system: You are a helpful assistant.
user:
Analyze the provided spectrum to determine if it is a **"Cataclysmic Variables (CV)"**.

- **Key Indicators for CV (Check for either state):**
    - **State 1: Quiescent / Low-State (Emission-Dominated)**
        - **(Primary):** Strong and *very broad* Hydrogen Balmer emission lines (e.g., $H\alpha$ at 6563 Å, $H\beta$ at 4861 Å). The 'broadness' (high velocity dispersion, often FWHM > 1000 km/s) is the key diagnostic, indicating a high-velocity accretion disk.
        - **(Secondary):** Broad neutral Helium (He I) emission lines (e.g., 5876 Å, 6678 Å).
        - **(Key Confirmation):** Presence of high-excitation *ionized* Helium (He II) emission at 4686 Å. This is a strong indicator of accretion onto a white dwarf.
        - **(Line Profile):** Emission lines may exhibit a 'double-peaked' profile, which is a classic signature of a rotating accretion disk viewed at high inclination.

    - **State 2: Outburst / High-State (Absorption-Dominated)**
        - **(Primary):** Spectrum is dominated by a bright, blue continuum (looks like a hot star).
        - **(Secondary):** The emission lines from State 1 are weak, absent, or 'filled in', and are replaced by broad, shallow *absorption* lines (primarily Balmer and He I).
        - **(Morphology):** The overall spectrum mimics a hot B/A-type star. The crucial difference is that the absorption lines are significantly broader, shallower, and more 'washed-out' (or 'smeared') than the sharp lines of a normal stellar photosphere, due to high rotational speeds and pressure broadening in the disk.

Think first, call **spectral_visualization_tool** if needed to examine features in detail, then provide your final answer. Your response must adhere to the following strict rules:
1.  **Overall Structure:** Your response must follow the format `<think>...</think> <tool_call>...</tool_call> (if a tool is used) <answer>...</answer>`.
2.  **Tool Usage Constraint:** You may only make **one** tool call per turn.
3.  **Final Answer Format:** In the `<answer>` tag, your conclusion must be inside a `\boxed{}` command (e.g., `\boxed{YES}`), followed by your justification.

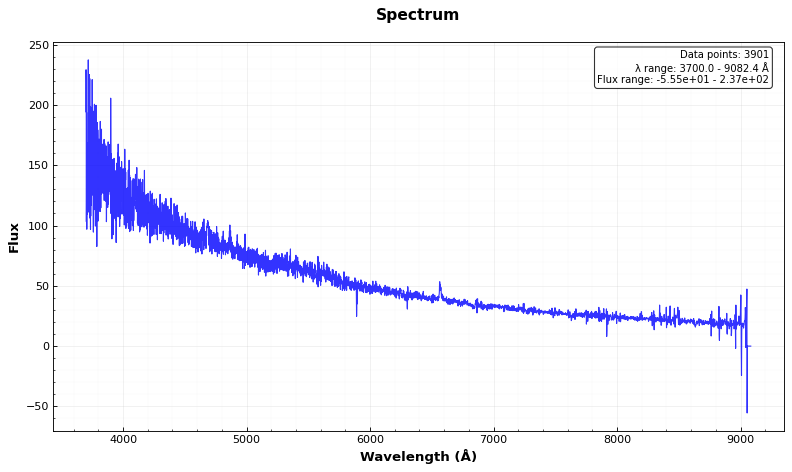
Answer: YES